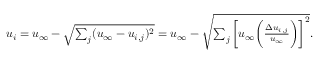
\begin{array} { r } { u _ { i } = u _ { \infty } - \sqrt { \sum _ { j } ( u _ { \infty } - u _ { i , j } ) ^ { 2 } } = u _ { \infty } - \sqrt { \sum _ { j } \bigg [ u _ { \infty } \bigg ( \frac { \Delta u _ { i , j } } { u _ { \infty } } \bigg ) \bigg ] ^ { 2 } } . } \end{array}